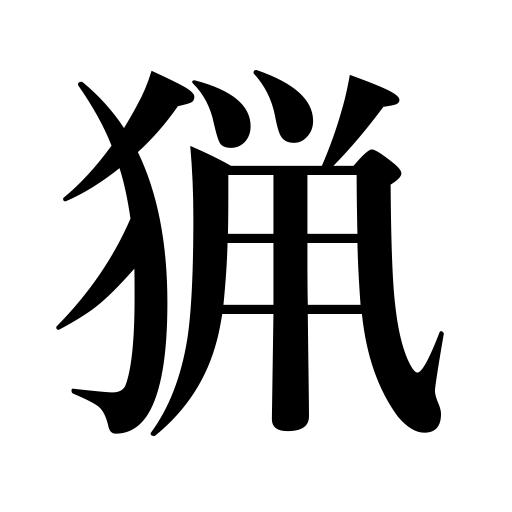
Meanings: game,shooting,take,bag,hunting